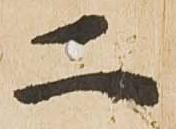
二